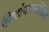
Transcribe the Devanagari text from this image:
हिस्टोप्लाज्मोसिस